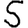
Digit: 5